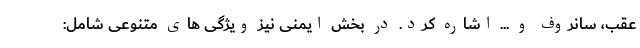
عقب، سانروف و ... اشاره کرد. در بخش ایمنی نیز ویژگی های متنوعی شامل: